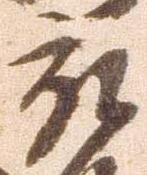
被